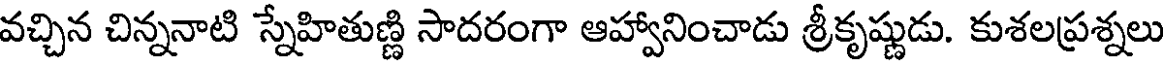
వచ్చిన చిన్ననాటి స్నేహితుణ్ణి సాదరంగా ఆహ్వానించాడు శ్రీకృష్ణుడు. కుశలప్రశ్నలు